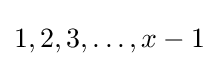
1,2,3,\dots ,x-1